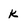
Character: k